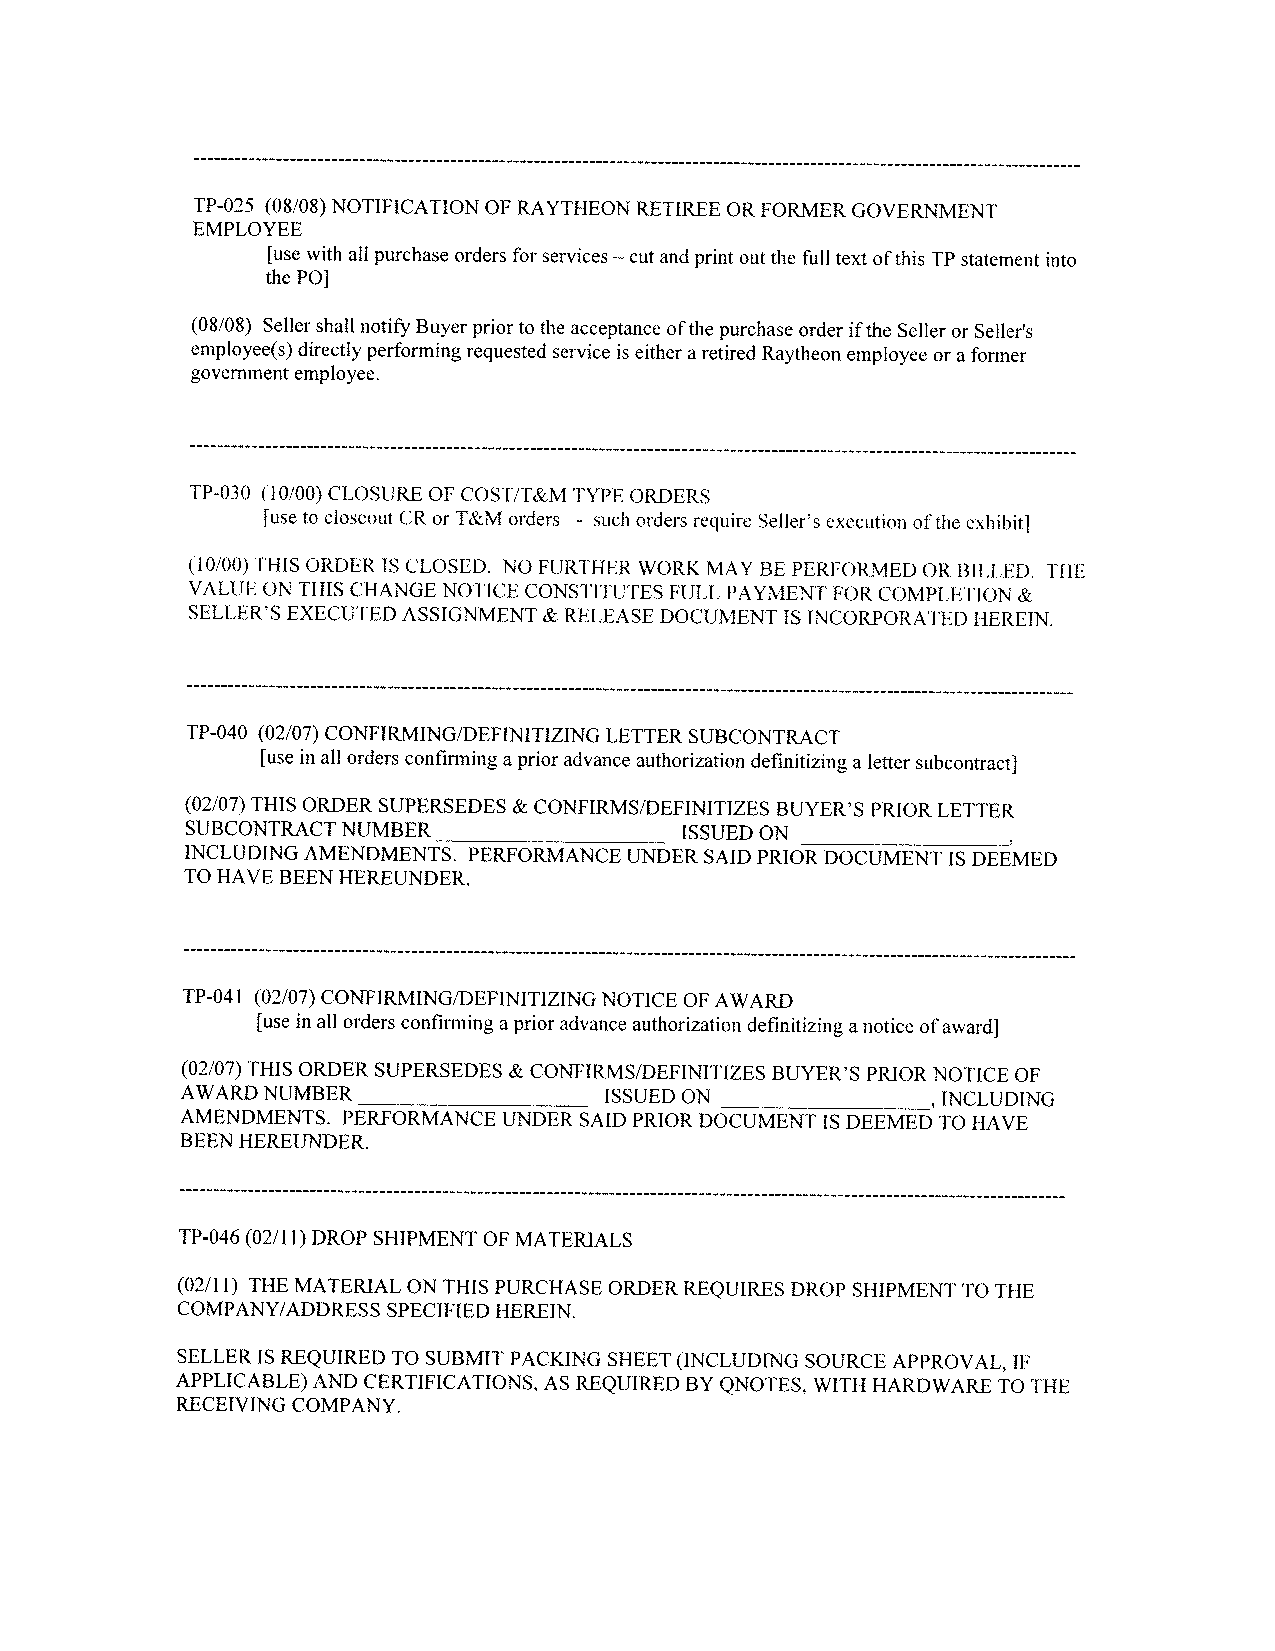
TP-025 (08/08) NOTIFICATION OF RAYTHEON RETIREE OR FORMER GOVERNMENT
 EMPLOYEE
 [use with all purchase orders for services - cut and print out the full text of this TP statement into
 the P0]
 (08/08) Seller shall notify Buyer prior to the acceptance of the purchase order if the Seller or Seller's
 employee(s) directly performing requested service is either a retired Raytheon employee or a former
 government employee.
 TP-030 (10/00) CLOSURE OF COST/T&M TYPE ORDERS
 ruse to closeout CR or T&M orders - such orders require Seller's execution of the exhibit]
 (10/00) THIS ORDER IS CLOSED. NO FURTHER WORK MAY BE PERFORMED OR BILLED. THE
 VALUE ON THIS CHANGE NOTICE CONSTITUTES FULL PAYMENT FOR COMPLETION &
 SELLER'S EXECUTED ASSIGNMENT & RELEASE DOCUMENT IS INCORPORATED HEREIN.
 TP-040 (02/07) CONFIRMING/DEFINITIZING LETTER SUBCONTRACT
 [use in all orders confirming a prior advance authorization definitizing a letter subcontract]
 (02/07) THIS ORDER SUPERSEDES & CONFIRMS/DEFINITIZES BUYER'S PRIOR LETTER
 SUBCONTRACT NUMBER               ISSUED ON -
 _____________
 INCLUDING AMENDMENTS. PERFORMANCE UNDER SAID PRIOR DOCUMENT IS DEEMED
 TO HAVE BEEN HEREUNDER.
 TP-04 1 (02/07) CONFIRMING/DEFINITIZING NOTICE OF AWARD
 [use in all orders confirming a prior advance authorization definitizing a notice of award]
 (02/07) THIS ORDER SUPERSEDES & CONFIRMS/DEFINITIZES BUYER'S PRIOR NOTICE OF
 AWARD NUMBER                ISSUED ON _____________,INCLUDING
 ______________
 AMENDMENTS. PERFORMANCE UNDER SAID PRIOR DOCUMENT IS DEEMED TO HAVE
 BEEN HEREUNDER.
 TP-046 (02/11) DROP SHIPMENT OF MATERIALS
 (02/11) THE MATERIAL ON THIS PURCHASE ORDER REQUIRES DROP SHIPMENT TO THE
 COMPANY/ADDRESS SPECIFIED HEREIN.
 SELLER IS REQUIRED TO SUBMIT PACKING SHEET (INCLUDING SOURCE APPROVAL, IF
 APPLICABLE) AND CERTIFICATIONS, AS REQUIRED BY QNOTES, WITH HARDWARE TO THE
 RECEIVING COMPANY.